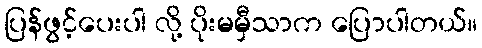
ပြန်ဖွင့်ပေးပါ လို့ ပိုးမမှီသာက ပြောပါတယ်။